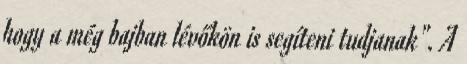
hogy a még bajban lévőkön is segíteni tudjanak". A